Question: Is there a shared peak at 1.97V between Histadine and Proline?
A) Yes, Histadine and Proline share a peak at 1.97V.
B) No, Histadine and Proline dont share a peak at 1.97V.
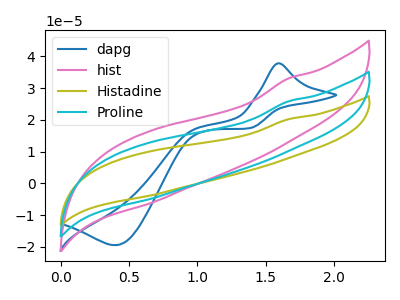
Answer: <think>The blue curve "dapg" has an anodic peak at (1.60V, 37.80uA) and a cathodic peak at (0.40V, -19.40uA). The pink curve "hist" has no peaks. The olive curve "Histadine" has no peaks. The cyan curve "Proline" has no peaks.</think>
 <answer>B) No, "Histadine" and "Proline" dont share a peak at 1.97V.</answer>
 <eval>B</eval>